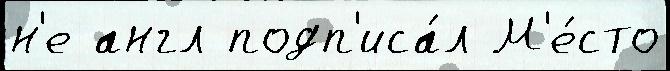
н'е англ подп'иса́л М'е́сто